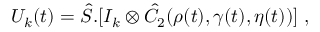
U _ { k } ( t ) = \hat { S } . [ I _ { k } \otimes \hat { C } _ { 2 } ( \rho ( t ) , \gamma ( t ) , \eta ( t ) ) ] \; ,